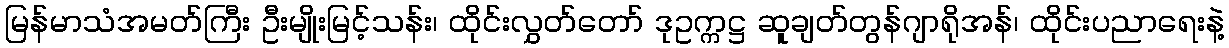
မြန်မာသံအမတ်ကြီး ဦးမျိုးမြင့်သန်း၊ ထိုင်းလွှတ်တော် ဒုဥက္ကဋ္ဌ ဆူချတ်တွန်ဂျာရိုအန်၊ ထိုင်းပညာရေးနဲ့